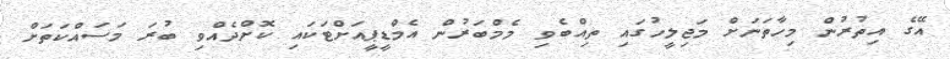
އޭގެ އިތުރުން މިހާތަނަށް މަޖިލީހުގައި ތިއްބެވި މެމްބަރުން އެމްޑީޕީއަށްޓަކައި ކޮށްދެއްވި ބުރަ މަސައްކަތަށް